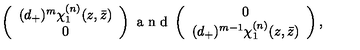
\left( \begin{array} { c } { ( d _ { + } ) ^ { m } \chi _ { 1 } ^ { ( n ) } ( z , \bar { z } ) } \\ { 0 } \\ \end{array} \right) \makebox { a n d } \left( \begin{array} { c } { 0 } \\ { ( d _ { + } ) ^ { m - 1 } \chi _ { 1 } ^ { ( n ) } ( z , \bar { z } ) } \\ \end{array} \right) ,